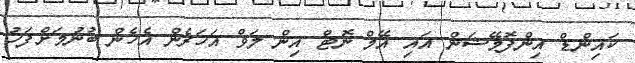
ކައިންޑް އިންފޮމޭޝަން އައި އޭމް ނޮޓް އިން ލަވް އަހަރެން އެހެން ބުނުމަށްފަހު